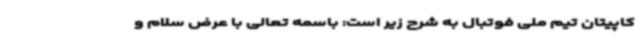
کاپیتان تیم ملی فوتبال به شرح زیر است: باسمه تعالی با عرض سلام و